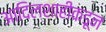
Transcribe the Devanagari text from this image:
आदिलशाहीकडून